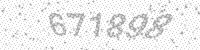
Solution: 671898